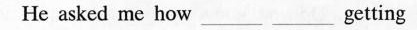
He asked me how___ ___ getting